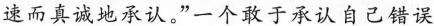
速而真诚地承认。”一个敢于承认自己错误